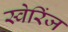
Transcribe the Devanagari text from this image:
स्वेरिंज